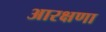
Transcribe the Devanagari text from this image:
आरक्षणा